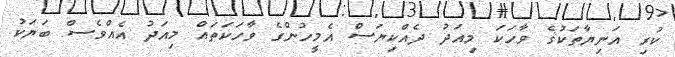
ކުރި އަނިޔާތަކުގެ ވާހަކަ މިއަދު ދެެއްކިޔަސް އެމީހުންގެ ވާހަކަތައް މިއަދު އެއްވެސް ބަޔަކު